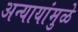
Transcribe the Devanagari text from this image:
अन्यायांमुळे